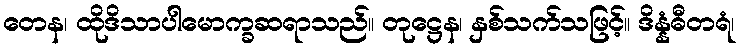
တေန၊ ထိုဒိသာပါမောက္ခဆရာသည်။ တုဋ္ဌေန၊ နှစ်သက်သဖြင့်။ ဒိန္နံဓီတရံ၊